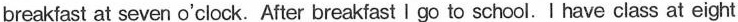
breakfast at seven o'clock. After breakfast I go to school.I have class at eight